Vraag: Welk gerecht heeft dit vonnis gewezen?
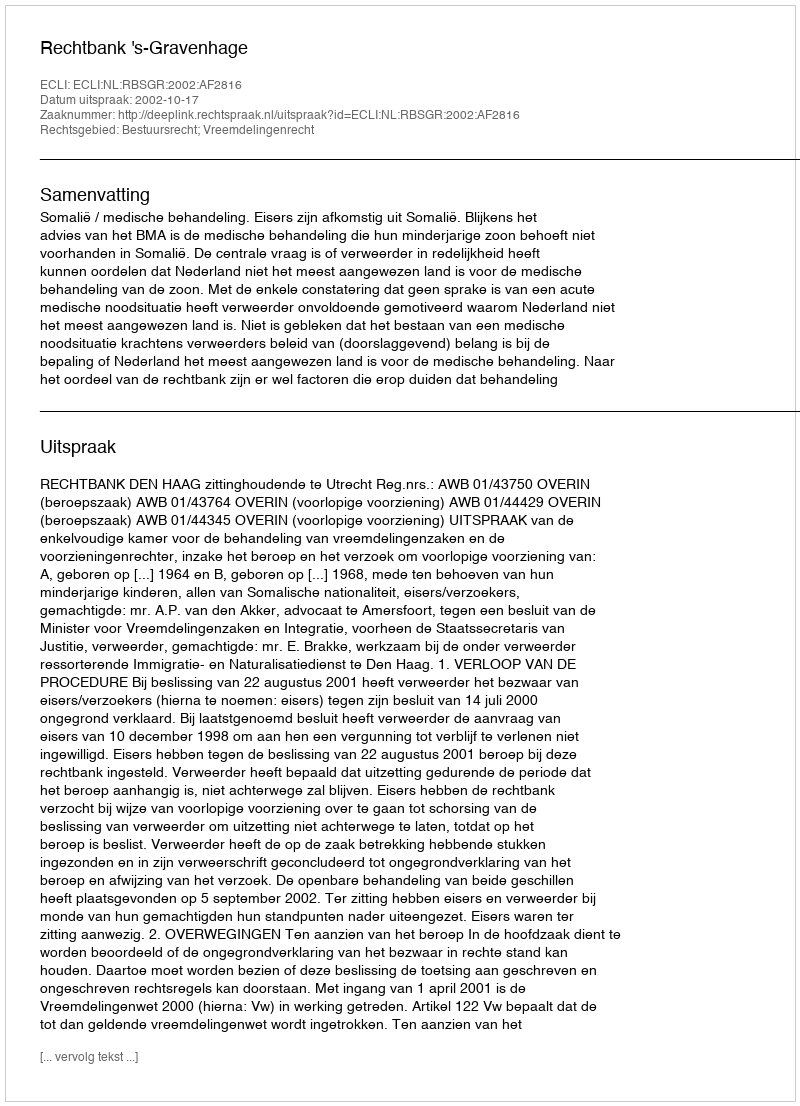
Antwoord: Rechtbank 's-Gravenhage